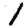
Digit: 1